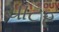
ચાટર